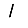
Digit: 1